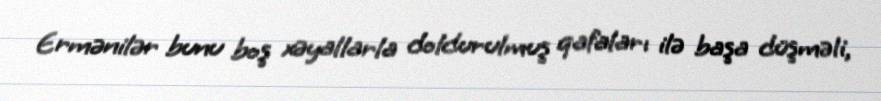
Ermənilər bunu boş xəyallarla doldurulmuş qafaları ilə başa düşməli,